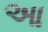
આ